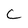
Character: c